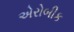
એરોબીક